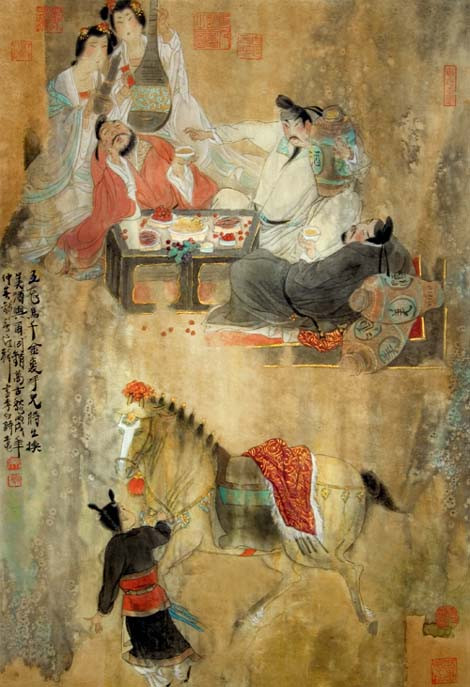
呼儿将出换美酒，与尔同销万古愁。